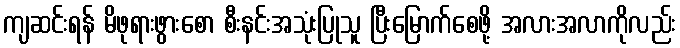
ကျဆင်းရန် မိဖုရားဖွားစော စီးနင်းအသုံးပြုသူ ပြီးမြောက်စေဖို့ အလားအလာကိုလည်း